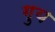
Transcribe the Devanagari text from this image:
गुय